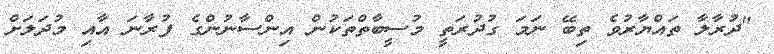
"ދުރާލާ ތައްޔާރުވެ ތިބޭ ނަމަ ގުދުރަތީ މުސީބާތްތަކުން އިންސާނުންގެ ފުރާނަ އާއި މުދަލަށް